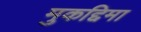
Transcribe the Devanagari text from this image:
मुकद्दिमा